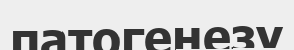
патогенезу